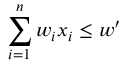
\sum _ { i = 1 } ^ { n } w _ { i } x _ { i } \leq w ^ { \prime }